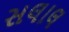
સલાલ